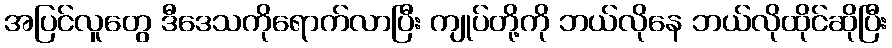
အပြင်လူတွေ ဒီဒေသကိုရောက်လာပြီး ကျုပ်တို့ကို ဘယ်လိုနေ ဘယ်လိုထိုင်ဆိုပြီး